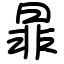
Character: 暃